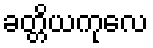
ခတ္တိယကုလေ